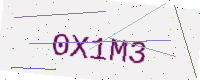
Text: 0X1M3